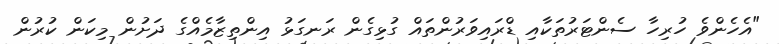
"އެހެންވެ ހުރިހާ ސެންޓަރުތަކާއި ޑްރައިވަރުންތައް ގުޅިގެން ރަނގަޅު އިންތިޒާމެއްގެ ދަށުން މިކަން ކުރުން